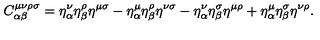
C _ { \alpha \beta } ^ { \mu \nu \rho \sigma } = \eta _ { \alpha } ^ { \nu } \eta _ { \beta } ^ { \rho } \eta ^ { \mu \sigma } - \eta _ { \alpha } ^ { \mu } \eta _ { \beta } ^ { \rho } \eta ^ { \nu \sigma } - \eta _ { \alpha } ^ { \nu } \eta _ { \beta } ^ { \sigma } \eta ^ { \mu \rho } + \eta _ { \alpha } ^ { \mu } \eta _ { \beta } ^ { \sigma } \eta ^ { \nu \rho } .